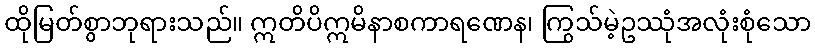
ထိုမြတ်စွာဘုရားသည်။ ဣတိပိဣမိနာစကာရဏေန၊ ကြွသ်မဲ့ဥဿုံအလုံးစုံသော